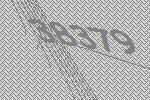
38379